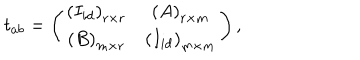
t _ { a b } = \left( \begin{array} { c c } { { \left( I _ { i d } \right) _ { r \times r } } } & { { \left( A \right) _ { r \times m } } } \\ { { \left( B \right) _ { m \times r } } } & { { \left( I _ { i d } \right) _ { m \times m } } } \\ \end{array} \right) ,